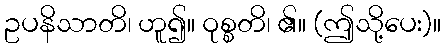
ဥပနိသာတိ၊ ဟူ၍။ ဝုစ္စတိ၊ ၏။ (ဤသို့ပေး)။